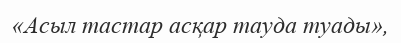
«Асыл тастар асқар тауда туады»,